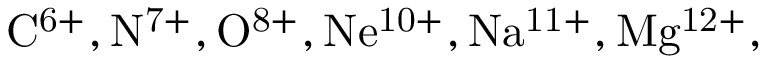
\mathrm { C ^ { 6 + } , N ^ { 7 + } , O ^ { 8 + } , N e ^ { 1 0 + } , N a ^ { 1 1 + } , M g ^ { 1 2 + } , }